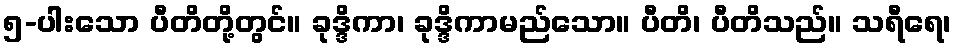
၅-ပါးသော ပီတိတို့တွင်။ ခုဒ္ဒိကာ၊ ခုဒ္ဒိကာမည်သော။ ပီတိ၊ ပီတိသည်။ သရီရေ၊